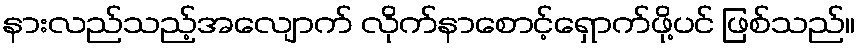
နားလည်သည့်အလျောက် လိုက်နာစောင့်ရှောက်ဖို့ပင် ဖြစ်သည်။